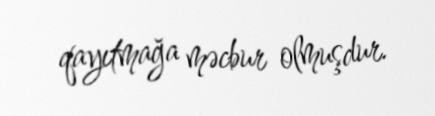
qayıtmağa məcbur olmuşdur.